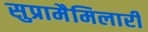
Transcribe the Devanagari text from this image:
सुप्रामैमिलारी